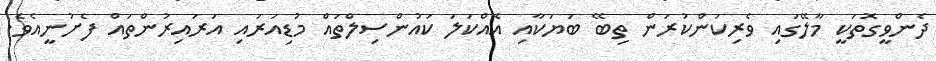
ދެންވީގޮތަކީ މާލޭގައި ވެރިކަންކުރަން ތިބޭ ބަޔަކާއި އެއްކަލަ ކައުންސިލްތައް މުޑިއަރައި އަރައިރުންތައް ފެށުނީއެވެ.